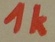
Text: 1K